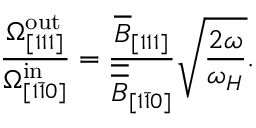
\frac { \Omega _ { [ 1 1 1 ] } ^ { \mathrm { o u t } } } { \Omega _ { [ 1 \bar { 1 } 0 ] } ^ { \mathrm { i n } } } = \frac { \overline { { B } } _ { [ 1 1 1 ] } } { \overline { { \overline { { B } } } } _ { [ 1 \bar { 1 } 0 ] } } \sqrt { \frac { 2 \omega } { \omega _ { H } } } .